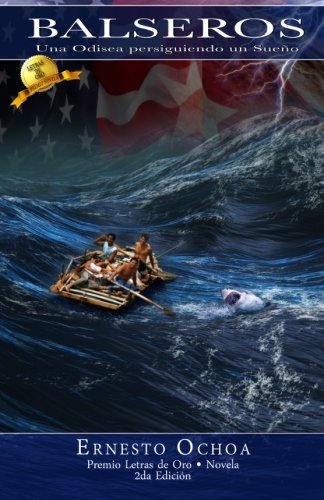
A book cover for Balseros (Spanish Edition); Ernesto Ochoa; Literature & Fiction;